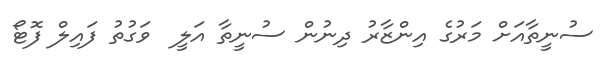
ސުނީތާއަށް މަރުގެ އިންޒާރު ދިނުން ސުނީތާ އަލީ  ވަގުތު ފައިލް ފޮޓޯ